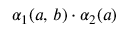
\alpha _ { 1 } ( a , \, b ) \cdot \alpha _ { 2 } ( a )